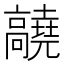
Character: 𬴝